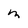
Character: m